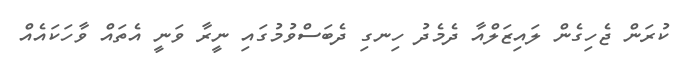
ކުރަން ޖެހިގެން ލައިޒަލްއާ ދެމެދު ހިނގި ދެބަސްވުމުގައި ނީރާ ވަނީ އެތައް ވާހަކައެއް